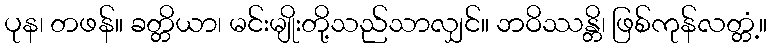
ပုန၊ တဖန်။ ခတ္တိယာ၊ မင်းမျိုးတို့သည်သာလျှင်။ ဘဝိဿန္တိ၊ ဖြစ်ကုန်လတ္တံ့။